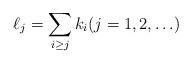
LaTeX: \begin{align*} \ell_j = \sum_{i\geq j} k_i (j=1,2,\ldots)\end{align*}